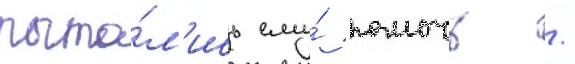
пыта́л'ись ему́ помочь /